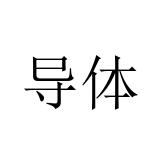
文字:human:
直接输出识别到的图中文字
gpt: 导体